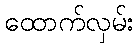
ထောက်လှမ်း